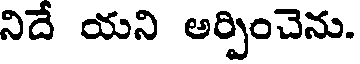
నిదే యని అర్పించెను.